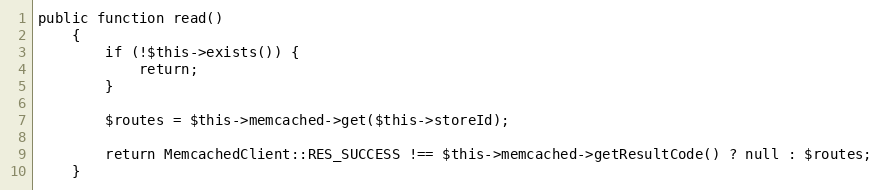
Language: PHP
public function read()
    {
        if (!$this->exists()) {
            return;
        }

        $routes = $this->memcached->get($this->storeId);

        return MemcachedClient::RES_SUCCESS !== $this->memcached->getResultCode() ? null : $routes;
    }